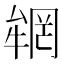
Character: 𠬏